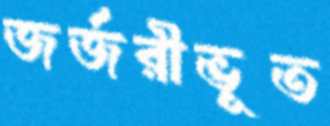
জর্জরীভূত